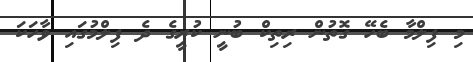
މި ފިލްމާ ބެހޭ ގޮތުން ރިތިކް ބުނީ ކުރީގެ ދެ ފިލްމުގައި ވާހަކަ